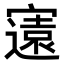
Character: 𭔚